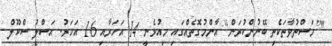
"[މަސްތުވާތަކެތި ބޭނުންކުރަން] އާންމުގޮތެއްގައި މިއުޅެނީ 14 އަހަރާއި 16 އަހަރު. އަސްލު ސްކޫލް